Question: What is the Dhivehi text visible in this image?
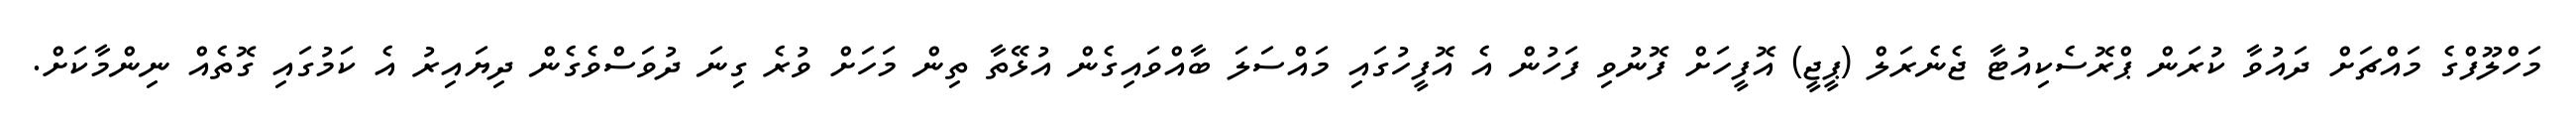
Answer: މަހްލޫފްގެ މައްޗަށް ދައުވާ ކުރަން ޕްރޮސެކިއުޓާ ޖެނެރަލް (ޕީޖީ) އޮފީހަށް ފޮނުވި ފަހުން އެ އޮފީހުގައި މައްސަލަ ބާއްވައިގެން އުޅޭތާ ތިން މަހަށް ވުރެ ގިނަ ދުވަސްވެގެން ދިޔައިރު އެ ކަމުގައި ގޮތެއް ނިންމާކަށް.